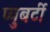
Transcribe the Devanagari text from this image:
प्युबर्टी